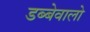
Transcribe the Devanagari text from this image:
डब्बेवालो